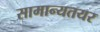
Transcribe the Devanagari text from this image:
सामान्यतयर